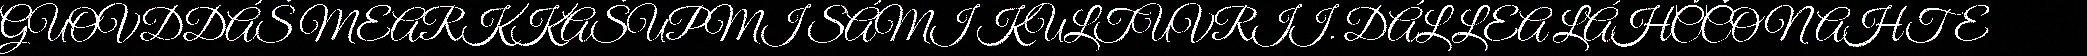
GUOVDDÁŠ MEARKKAŠUPMI SÁMI KULTUVRII. DÁL LEA LÁHČČON AHTE